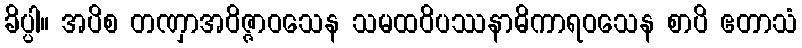
ခိပ္ပါ။ အပိစ တဏှာအဝိဇ္ဇာဝသေန သမထဝိပဿနာဓိကာရဝသေန စာပိ ဧတာသံ